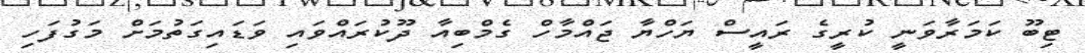
ޓިބޫ ކަމަރާވަނީ ކުރީގެ ރައީސް ޔަހްޔާ ޖައްމާހް ގެމްބިއާ ދޫކުރައްވައި ވަޑައިގަތުމަށް މަގުފަހި